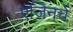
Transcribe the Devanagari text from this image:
एंजिनचे